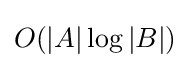
O(|A|\log |B|)